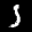
Label: 5